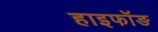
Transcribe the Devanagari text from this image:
हाइफॉङ